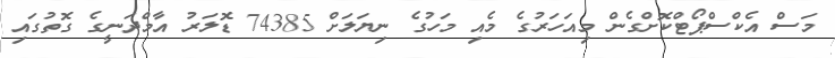
މަސް އެކްސްޕޯޓްކޮށްގެން މިއަހަރުގެ މެއި މަހުގެ ނިޔަލަށް 74385 ޑޮލަރު އާމްދަނީގެ ގޮތުގައި